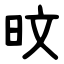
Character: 旼